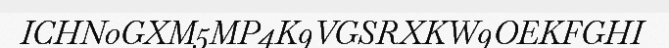
ICHN0GXM5MP4K9VGSRXKW9OEKFGHI